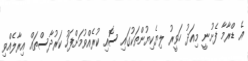
އެ ޑްރާމާ ފެށުނީ މިއަދު ހަވީރު ލިޔެކިޔުންތަކުގައި ސޮއި ކުރެއްވުމަށްފަހު ކަރުދާސްތައް އިރާލެއްވި